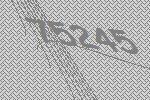
75245